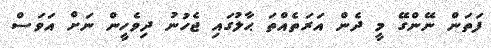
ފަތަން ނޭންގޭ މީ ދެން އަރަތެއްތަ ޙާލުގައި ޖެހުނު ދިވެހީން ނަށް އަވަސް